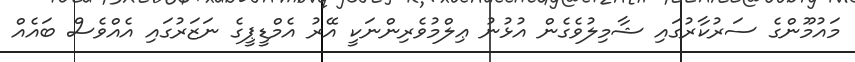
މައުމޫންގެ ސަރުކާރުގައި ޝާމިލުވެގެން އުޅުނު ޢިލްމުވެރިންނަކީ އޭރު އެމްޑީޕީގެ ނަޒަރުގައި އެއްވެސް ބައެއް